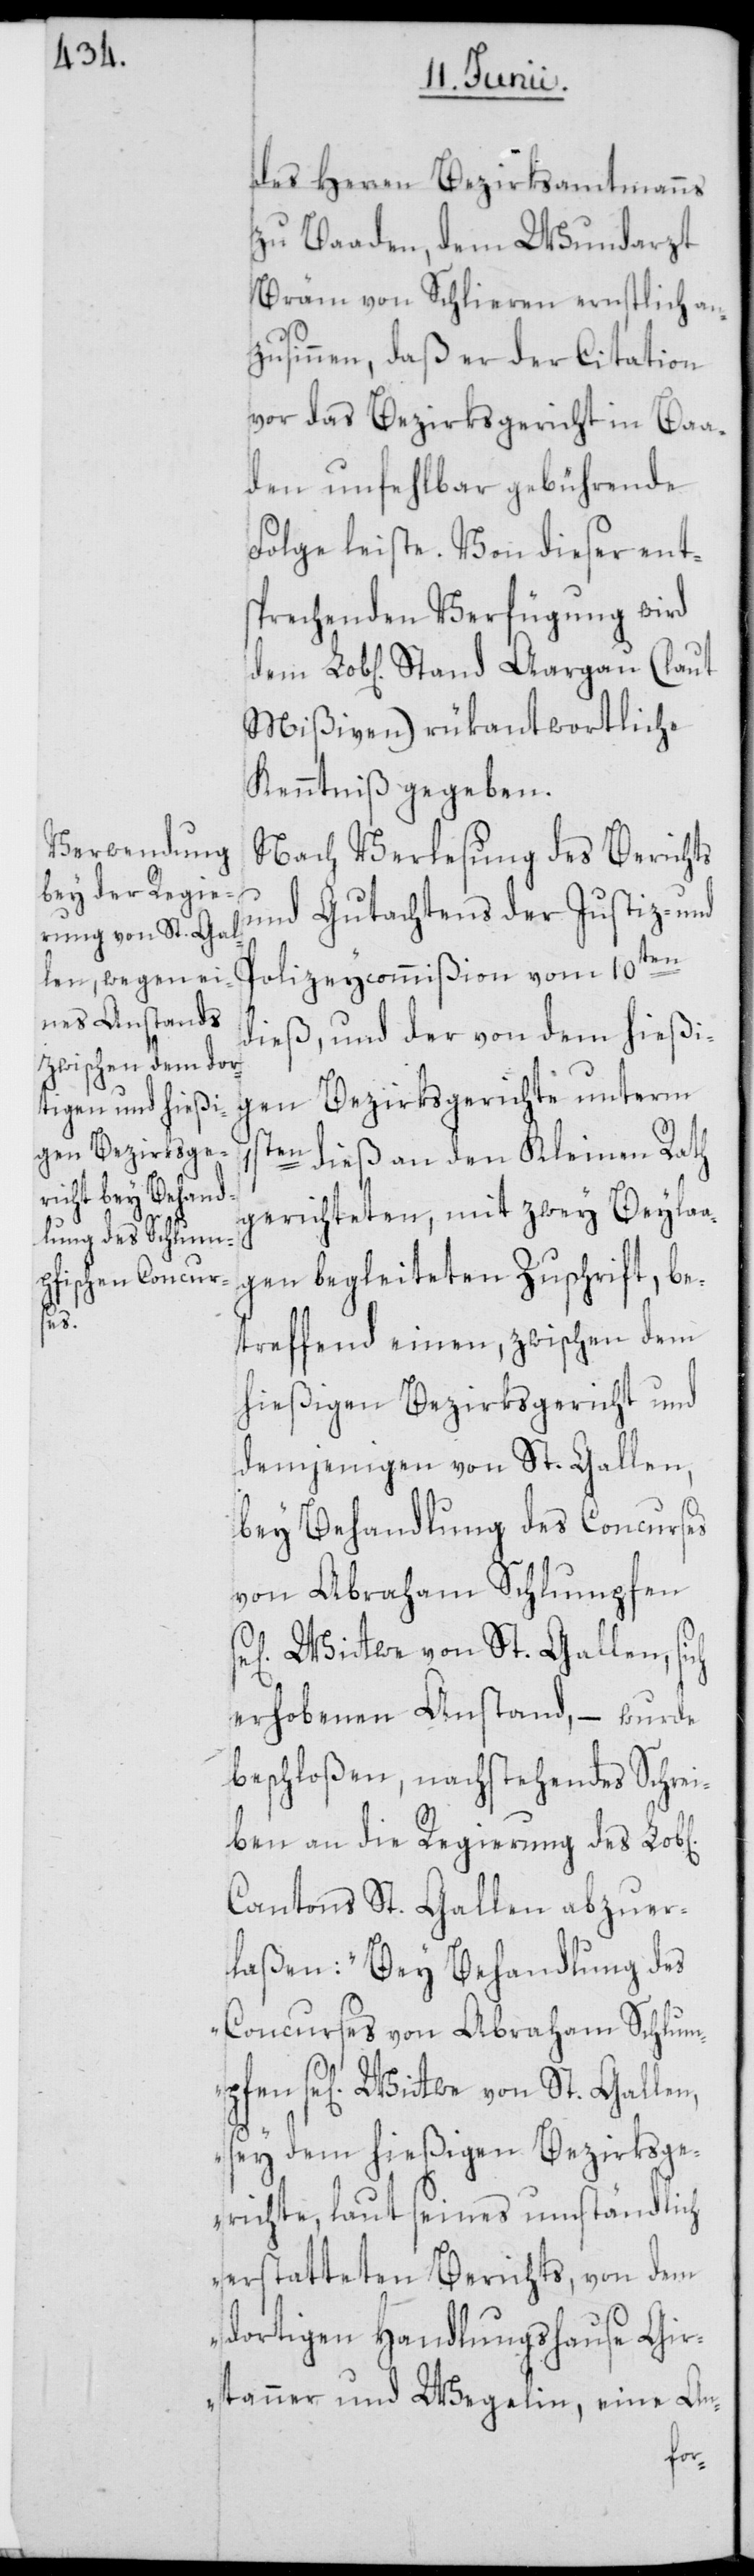
ichen]
1s¬

des Herren Bezirksamtmanns
zu Baaden, dem Wundarzt
Bräm von Schlieren ernstlich an¬
zusinnen, daß er der Citation
vor das Bezirksgericht in Baa¬
den unfehlbar gebührende
Folge leiste. Von dieser ent¬
sprechenden Verfügung wird
Mißiven) rükantwortliche
Kenntniß gegeben.
Nach Verlesung des Berichts
und Gutachtens der Justiz- und
Polizeycommißion vom 10ten
dieß, und der von dem hießi¬
gen Bezirksgerichte unterm
ten dieß an den Kleinen Rath
gerichteten, mit zwey Beylaa¬
gen begleiteten Zuschrift, be¬
treffend einen, zwischen dem
hießigen Bezirksgericht und
demjenigen von St. Gallen,
bey Behandlung des Concurses
von Abraham Schlumpfen
Wittwe von St. Gallen, sich
erhobenen Anstand, – wurde
beschloßen, nachstehendes Schrei¬
ben an die Regierung des Lo¬
Cantons St. Gallen abzuer¬
laßen: „Bey Behandlung des
Concurses von Abraham Schlum¬
pfen se[lig] Wittwe von St. Gallen,
sey dem hießigen Bezirksge¬
richte, laut seines umständlich
erstatteten Berichts, von dem
dortigen Handlungshause Gir¬
tanner & Wegelin, eine An-
b[l¬